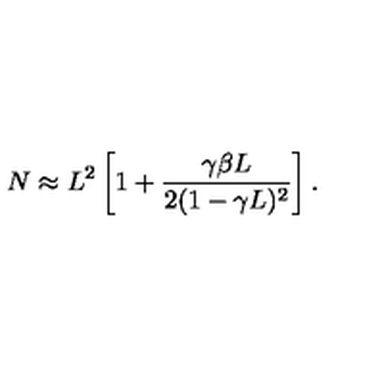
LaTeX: N \approx L ^ { 2 } \left[ 1 + \frac { \gamma \beta L } { 2 ( 1 - \gamma L ) ^ { 2 } } \right] .